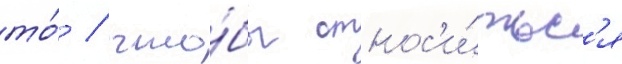
то́ / что́бы относ'и́тьс'я